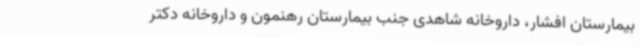
بیمارستان افشار، داروخانه شاهدی جنب بیمارستان رهنمون و داروخانه دکتر